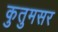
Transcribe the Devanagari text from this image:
कुतुमसर